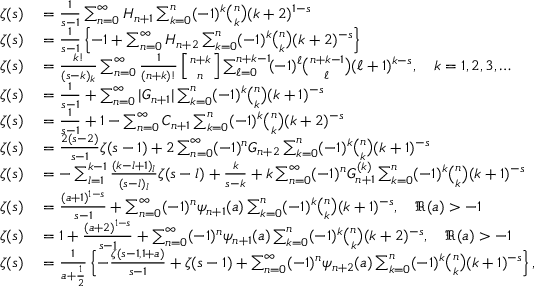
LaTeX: \begin{array} { r l } { \zeta ( s ) } & { { } = { \frac { 1 } { s - 1 } } \sum _ { n = 0 } ^ { \infty } H _ { n + 1 } \sum _ { k = 0 } ^ { n } ( - 1 ) ^ { k } { \binom { n } { k } } ( k + 2 ) ^ { 1 - s } } \\ { \zeta ( s ) } & { { } = { \frac { 1 } { s - 1 } } \left\{ - 1 + \sum _ { n = 0 } ^ { \infty } H _ { n + 2 } \sum _ { k = 0 } ^ { n } ( - 1 ) ^ { k } { \binom { n } { k } } ( k + 2 ) ^ { - s } \right\} } \\ { \zeta ( s ) } & { { } = { \frac { k ! } { ( s - k ) _ { k } } } \sum _ { n = 0 } ^ { \infty } { \frac { 1 } { ( n + k ) ! } } \left[ { n + k \atop n } \right] \sum _ { \ell = 0 } ^ { n + k - 1 } \! ( - 1 ) ^ { \ell } { \binom { n + k - 1 } { \ell } } ( \ell + 1 ) ^ { k - s } , \quad k = 1 , 2 , 3 , \ldots } \\ { \zeta ( s ) } & { { } = { \frac { 1 } { s - 1 } } + \sum _ { n = 0 } ^ { \infty } | G _ { n + 1 } | \sum _ { k = 0 } ^ { n } ( - 1 ) ^ { k } { \binom { n } { k } } ( k + 1 ) ^ { - s } } \\ { \zeta ( s ) } & { { } = { \frac { 1 } { s - 1 } } + 1 - \sum _ { n = 0 } ^ { \infty } C _ { n + 1 } \sum _ { k = 0 } ^ { n } ( - 1 ) ^ { k } { \binom { n } { k } } ( k + 2 ) ^ { - s } } \\ { \zeta ( s ) } & { { } = { \frac { 2 ( s - 2 ) } { s - 1 } } \zeta ( s - 1 ) + 2 \sum _ { n = 0 } ^ { \infty } ( - 1 ) ^ { n } G _ { n + 2 } \sum _ { k = 0 } ^ { n } ( - 1 ) ^ { k } { \binom { n } { k } } ( k + 1 ) ^ { - s } } \\ { \zeta ( s ) } & { { } = - \sum _ { l = 1 } ^ { k - 1 } { \frac { ( k - l + 1 ) _ { l } } { ( s - l ) _ { l } } } \zeta ( s - l ) + { \frac { k } { s - k } } + k \sum _ { n = 0 } ^ { \infty } ( - 1 ) ^ { n } G _ { n + 1 } ^ { ( k ) } \sum _ { k = 0 } ^ { n } ( - 1 ) ^ { k } { \binom { n } { k } } ( k + 1 ) ^ { - s } } \\ { \zeta ( s ) } & { { } = { \frac { ( a + 1 ) ^ { 1 - s } } { s - 1 } } + \sum _ { n = 0 } ^ { \infty } ( - 1 ) ^ { n } \psi _ { n + 1 } ( a ) \sum _ { k = 0 } ^ { n } ( - 1 ) ^ { k } { \binom { n } { k } } ( k + 1 ) ^ { - s } , \quad \Re ( a ) > - 1 } \\ { \zeta ( s ) } & { { } = 1 + { \frac { ( a + 2 ) ^ { 1 - s } } { s - 1 } } + \sum _ { n = 0 } ^ { \infty } ( - 1 ) ^ { n } \psi _ { n + 1 } ( a ) \sum _ { k = 0 } ^ { n } ( - 1 ) ^ { k } { \binom { n } { k } } ( k + 2 ) ^ { - s } , \quad \Re ( a ) > - 1 } \\ { \zeta ( s ) } & { { } = { \frac { 1 } { a + { \frac { 1 } { 2 } } } } \left\{ - { \frac { \zeta ( s - 1 , 1 + a ) } { s - 1 } } + \zeta ( s - 1 ) + \sum _ { n = 0 } ^ { \infty } ( - 1 ) ^ { n } \psi _ { n + 2 } ( a ) \sum _ { k = 0 } ^ { n } ( - 1 ) ^ { k } { \binom { n } { k } } ( k + 1 ) ^ { - s } \right\} , \quad \Re ( a ) > - 1 } \end{array}